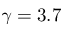
\gamma = 3 . 7